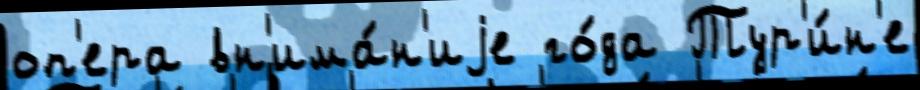
оп'ера вн'има́н'иjе го́да Тур'и́н'е